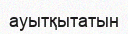
ауытқытатын